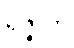
ရဇ္ဇူဟိ